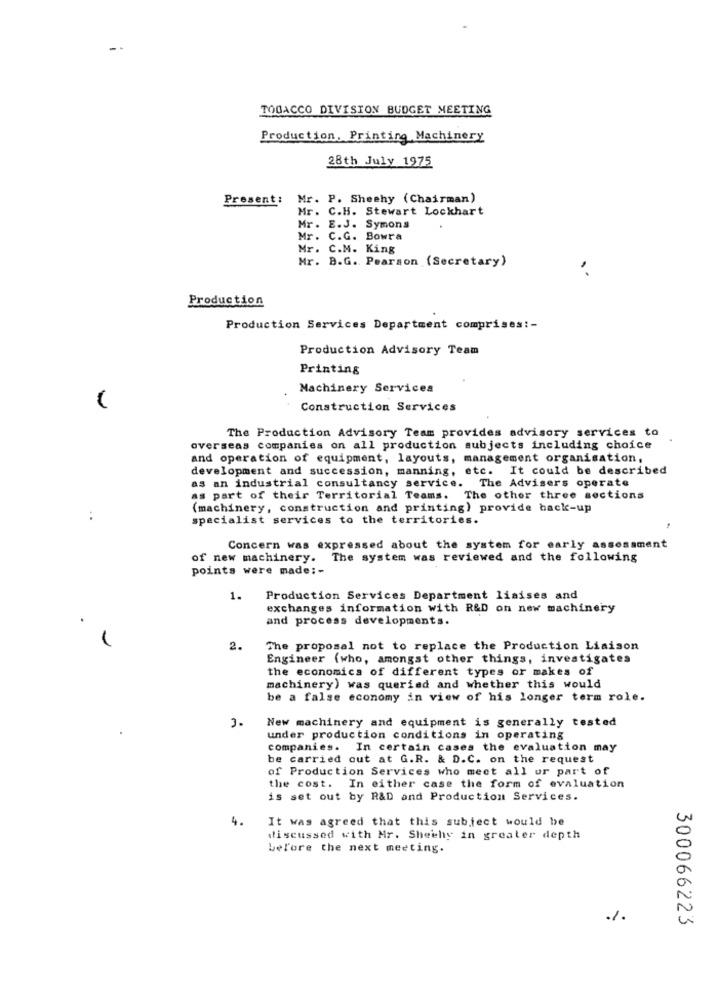
TOBACCO DIVISION BUDGET MEETING
Production, Printing Machinery
28th July 1975
Present:
Mr. P. Sheehy (Chairman)
Mr. C.H. Stewart Lockhart
Mr . E.J. Symons
Mr. C.G. Bowra
Mr. C.M. King
Mr. B.G. Pearson (Secretary)
Production
Production Services Department comprises: -
Production Advisory Team
Printing
Machinery Services
Construction Services
The Production Advisory Team provides advisory services to
overseas companies on all production subjects including choice
and operation of equipment, layouts, management organisation,
development and succession, manning, etc. It could be described
as an industrial consultancy service. The Advisers operate
as part of their Territorial Teams. The other three sections
(machinery, construction and printing) provide back-up
:
specialist services to the territories.
Concern was expressed about the system for early assessment
of new machinery. The system was reviewed and the following
points were made :-
1.
Production Services Department liaises and
exchanges information with R&D on new machinery
and process developments.
2.
The proposal not to replace the Production Liaison
Engineer (who, amongst other things, investigates
the economics of different types or makes of
machinery) was queriad and whether this would
be a false economy in view of his longer term role.
New machinery and equipment is generally tested
.
3.
under production conditions in operating
companies. In certain cases the evaluation may
be carried out at G.R. & D.C. on the request
of Production Services who meet all or part of
the cost. In either case the form of evaluation
is set out by R&D and Production Services.
4.
It was agreed that this subject would be
discussed with Mr. Sheehy in greater depth
before the next meeting.
./.
300066223